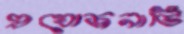
প্রযোজনাটি